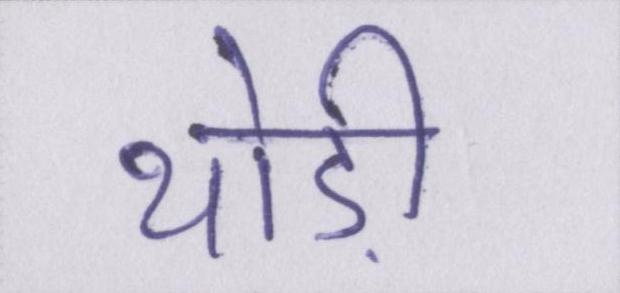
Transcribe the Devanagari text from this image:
थोड़ी